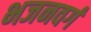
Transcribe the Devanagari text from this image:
भजनवर्ग